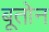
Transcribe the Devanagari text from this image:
बूतोन